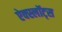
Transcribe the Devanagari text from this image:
ऐक्स्लॉट्स